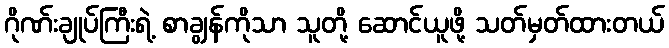
ဂိုဏ်းချုပ်ကြီးရဲ့ စာချွန်ကိုသာ သူတို့ ဆောင်ယူဖို့ သတ်မှတ်ထားတယ်